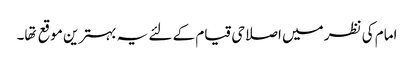
امام کی نظر میں اصلاحی قیام کے لئے یہ بہترین موقع تها۔